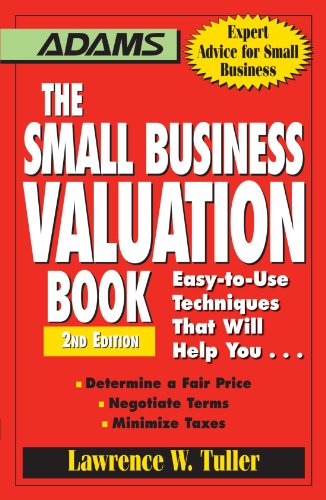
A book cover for The Small Business Valuation Book: Easy-to-Use Techniques That Will Help You... Determine a fair price, Negotiate Terms, Minimize taxes; Lawrence W Tuller; Business & Money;